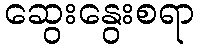
ဆွေးနွေးစရာ